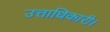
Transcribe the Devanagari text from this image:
उत्ताधिकारी।